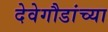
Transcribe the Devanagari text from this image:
देवेगौडांच्या